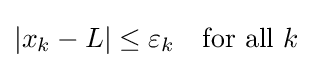
{\textstyle |x_{k}-L|\leq \varepsilon _{k}\quad {\text{for all }}k}